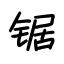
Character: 锯